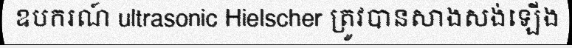
ឧបករណ៍ ultrasonic Hielscher ត្រូវបានសាងសង់ឡើង